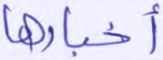
أخبارها